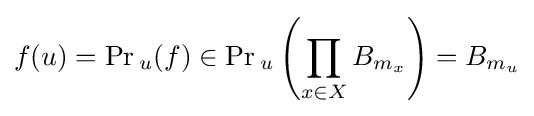
f(u)=\Pr {}_{u}(f)\in \Pr {}_{u}\left(\prod _{x\in X}B_{m_{x}}\right)=B_{m_{u}}